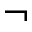
\neg